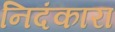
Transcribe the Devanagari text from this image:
निदंकारा